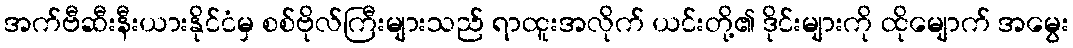
အက်ဗီဆီးနီးယားနိုင်ငံမှ စစ်ဗိုလ်ကြီးများသည် ရာထူးအလိုက် ယင်းတို့၏ ဒိုင်းများကို ထိုမျောက် အမွေး